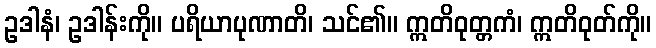
ဥဒါနံ၊ ဥဒါန်းကို။ ပရိယာပုဏာတိ၊ သင်၏။ ဣတိဝုတ္တကံ၊ ဣတိဝုတ်ကို။